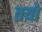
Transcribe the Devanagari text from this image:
तयो